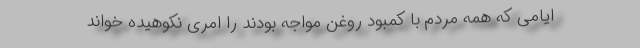
ایامی که همه مردم با کمبود روغن مواجه بودند را امری نکوهیده خواند